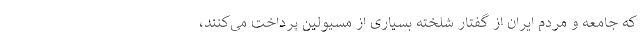
که جامعه و مردم ایران از گفتار شلخته بسیاری از مسیولین پرداخت می‌کنند،